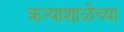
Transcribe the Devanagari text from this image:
कन्याशाळेच्या